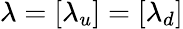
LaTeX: \lambda=[\lambda_{u}]=[\lambda_{d}]